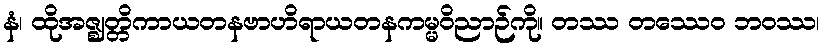
နံ၊ ထိုအဇ္ဈတ္တိကာယတနဗာဟိရာယတနကမ္မဝိညာဉ်ကို။ တဿ တဿေဝ ဘဝဿ၊